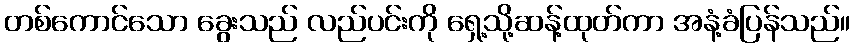
တစ်ကောင်သော ခွေးသည် လည်ပင်းကို ရှေ့သို့ဆန့်ထုတ်ကာ အနံ့ခံပြန်သည်။